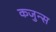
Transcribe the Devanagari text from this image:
कजुन्स